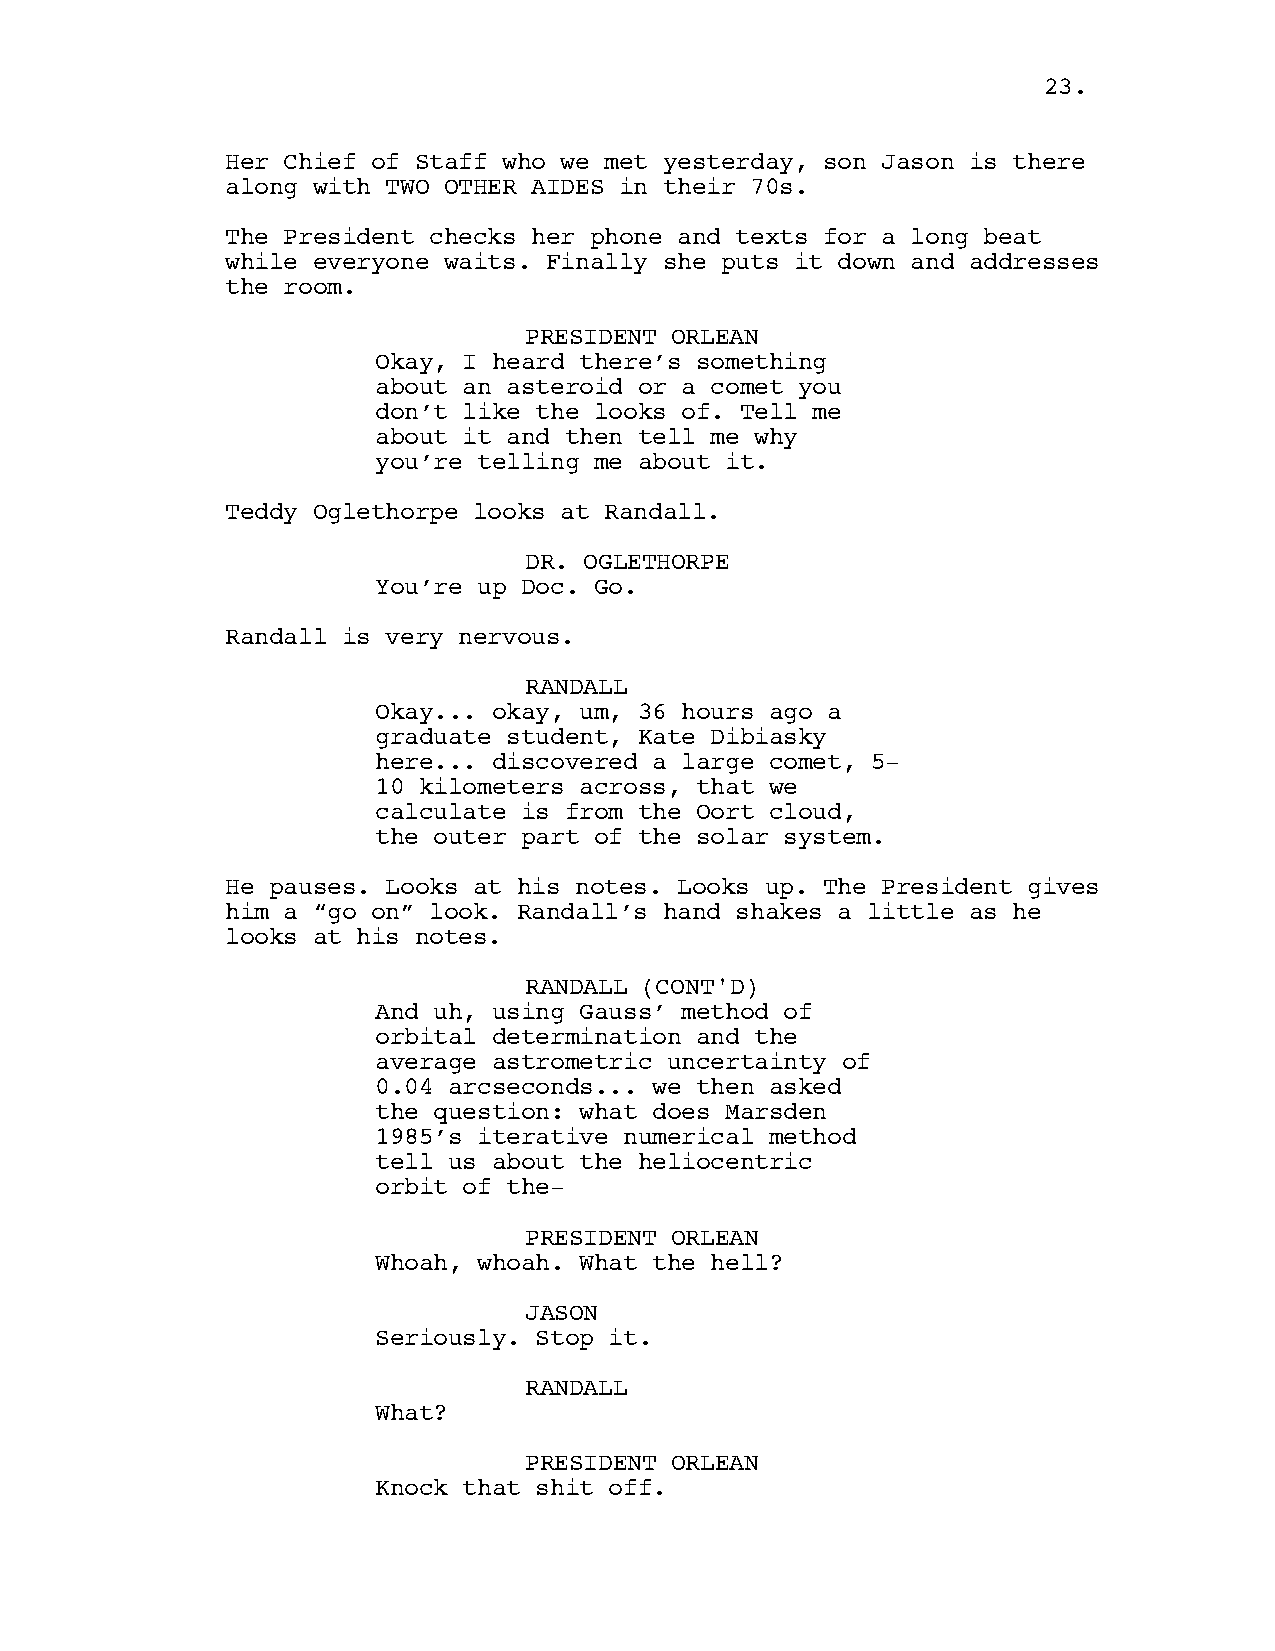
2233..
 Her Chief of Staff who we met yesterday, son Jason is there
 along with TWO OTHER AIDES in their 70s.
 The President checks her phone and texts for a long beat
 while everyone waits. Finally she puts it down and addresses
 the room.
 PRESIDENT ORLEAN
 Okay, I heard there’s something
 about an asteroid or a comet you
 don’t like the looks of. Tell me
 about it and then tell me why
 you’re telling me about it.
 Teddy Oglethorpe looks at Randall.
 DR. OGLETHORPE
 You’re up Doc. Go.
 Randall is very nervous.
 RANDALL
 Okay... okay, um, 36 hours ago a
 graduate student, Kate Dibiasky
 here... discovered a large comet, 5-
 10 kilometers across, that we
 calculate is from the Oort cloud,
 the outer part of the solar system.
 He pauses. Looks at his notes. Looks up. The President gives
 him a “go on” look. Randall’s hand shakes a little as he
 looks at his notes.
 RANDALL (CONT'D)
 And uh, using Gauss’ method of
 orbital determination and the
 average astrometric uncertainty of
 0.04 arcseconds... we then asked
 the question: what does Marsden
 1985’s iterative numerical method
 tell us about the heliocentric
 orbit of the-
 PRESIDENT ORLEAN
 Whoah, whoah. What the hell?
 JASON
 Seriously. Stop it.
 RANDALL
 What?
 PRESIDENT ORLEAN
 Knock that shit off.